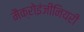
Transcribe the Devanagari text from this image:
मैक्रोइंजीनियरी